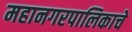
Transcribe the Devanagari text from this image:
महानगरपालिकाचे